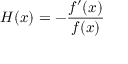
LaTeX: H ( x ) = - { \frac { f ^ { \prime } ( x ) } { f ( x ) } }